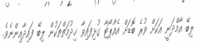
ލިބޭ އާމްދަނީ އަކަށް ވުރެ ބޮޑަށް އެއާޕޯޓާ ގުޅިފައިވާ ޚިދުމަތްތަކުން ލިބޭ ފައިދާއިންނެވެ.